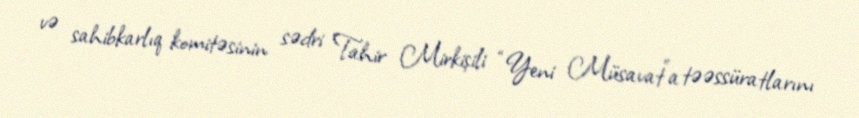
və sahibkarlıq komitəsinin sədri Tahir Mirkişili “Yeni Müsavat”a təəssüratlarını